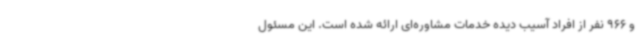
و 966 نفر از افراد آسیب دیده خدمات مشاوره‌ای ارائه شده است. این مسئول